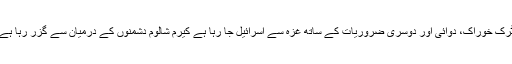
ٹرک خوراک، دوائی اور دوسری ضروریات کے ساتھ غزہ سے اسرائیل جا رہا ہے کیرم شالوم دشمنوں کے درمیان سے گزر رہا ہے۔